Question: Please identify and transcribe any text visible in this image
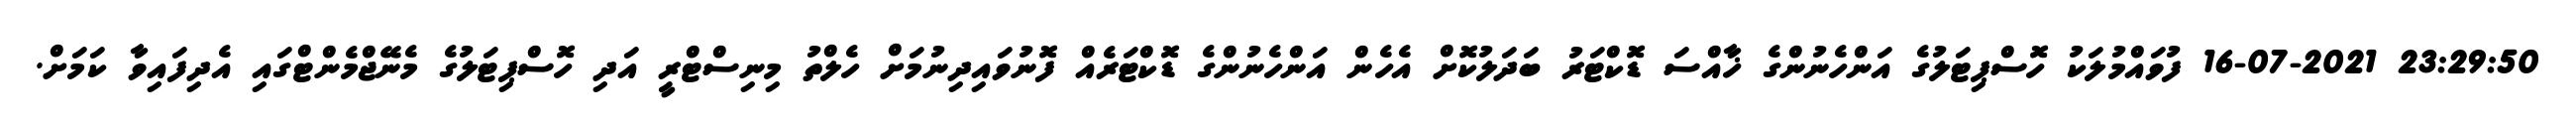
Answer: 23:29:50 16-07-2021 ފުވައްމުލަކު ހޮސްޕިޓަލުގެ އަންހެނުންގެ ޚާއްސަ ޑޮކްޓަރު ބަދަލުކޮށް އެހެން އަންހެނުންގެ ޑޮކްޓަރެއް ފޮނުވައިދިނުމަށް ހެލްތު މިނިސްޓްރީ އަދި ހޮސްޕިޓަލުގެ މެނޭޖްމެންޓްގައި އެދިފައިވާ ކަމަށް.